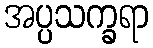
အပ္ပသက္ခရာ